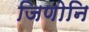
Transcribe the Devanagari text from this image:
जिणोनि